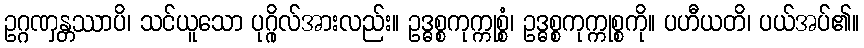
ဥဂ္ဂဏှန္တဿာပိ၊ သင်ယူသော ပုဂ္ဂိုလ်အားလည်း။ ဥဒ္ဓစ္စကုက္ကုစ္စံ၊ ဥဒ္ဓစ္စကုက္ကုစ္စကို။ ပဟီယတိ၊ ပယ်အပ်၏။